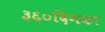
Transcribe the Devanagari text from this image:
३६०दिनका